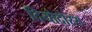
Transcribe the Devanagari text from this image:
दियोदोरस